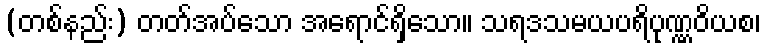
(တစ်နည်း) တတ်အပ်သော အရောင်ရှိသော။ သရဒသမယပရိပုဏ္ဏဝိယစ၊